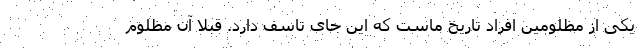
یکی از مظلومین افراد تاریخ ماست که این جای تاسف دارد. قبلا آن مظلوم